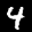
Label: 4